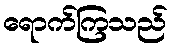
ရောက်ကြသည်